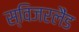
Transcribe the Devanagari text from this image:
स्विजरलैंड